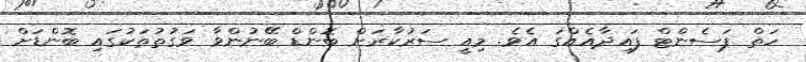
ހަތް ޕަސެންޓް ފައިދާއެއްގަ އެވެ. މިއީ ސަރުކާރަށް ބޮންޑް ބޭނުންވާ ވަގުތުތަކުގައި ބޮންޑަށް